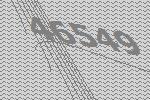
46549